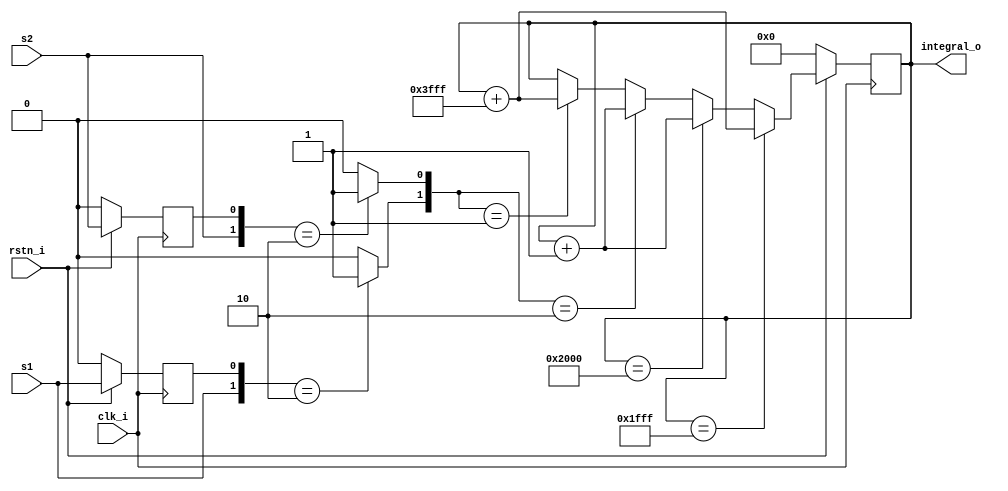
module red_pitaya_pfd_block
#(
    parameter ISR = 0
)
(   input rstn_i,
    input clk_i, 
    input s1, 
    input s2, 
    output [14-1:0] integral_o
    );
reg l1; 
reg l2; 
wire e1;
wire e2;
reg [14+ISR-1:0] integral;
assign e1 = ( {s1,l1} == 2'b10 ) ? 1'b1 : 1'b0;
assign e2 = ( {s2,l2} == 2'b10 ) ? 1'b1 : 1'b0;
assign integral_o = integral[14+ISR-1:ISR];
always @(posedge clk_i) begin
    if (rstn_i == 1'b0) begin
        l1 <= 1'b0;
        l2 <= 1'b0;
        integral <= {(14+ISR){1'b0}};
    end
    else begin
        l1 <= s1;
        l2 <= s2;
        if (integral == {1'b0,{14+ISR-1{1'b1}}})  
            integral <= integral + {14+ISR{1'b1}}; 
        else if (integral == {1'b1,{14+ISR-1{1'b0}}}) 
            integral <= integral + {{14+ISR-1{1'b0}},1'b1};
        else if ({e1,e2}==2'b10)
            integral <= integral + {{14+ISR-1{1'b0}},1'b1};
        else if ({e1,e2}==2'b01)  
            integral <= integral + {14+ISR{1'b1}};
    end   
end
endmodule